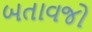
બતાવજો